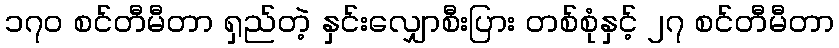
၁၇၀ စင်တီမီတာ ရှည်တဲ့ နှင်းလျှောစီးပြား တစ်စုံနှင့် ၂၇ စင်တီမီတာ